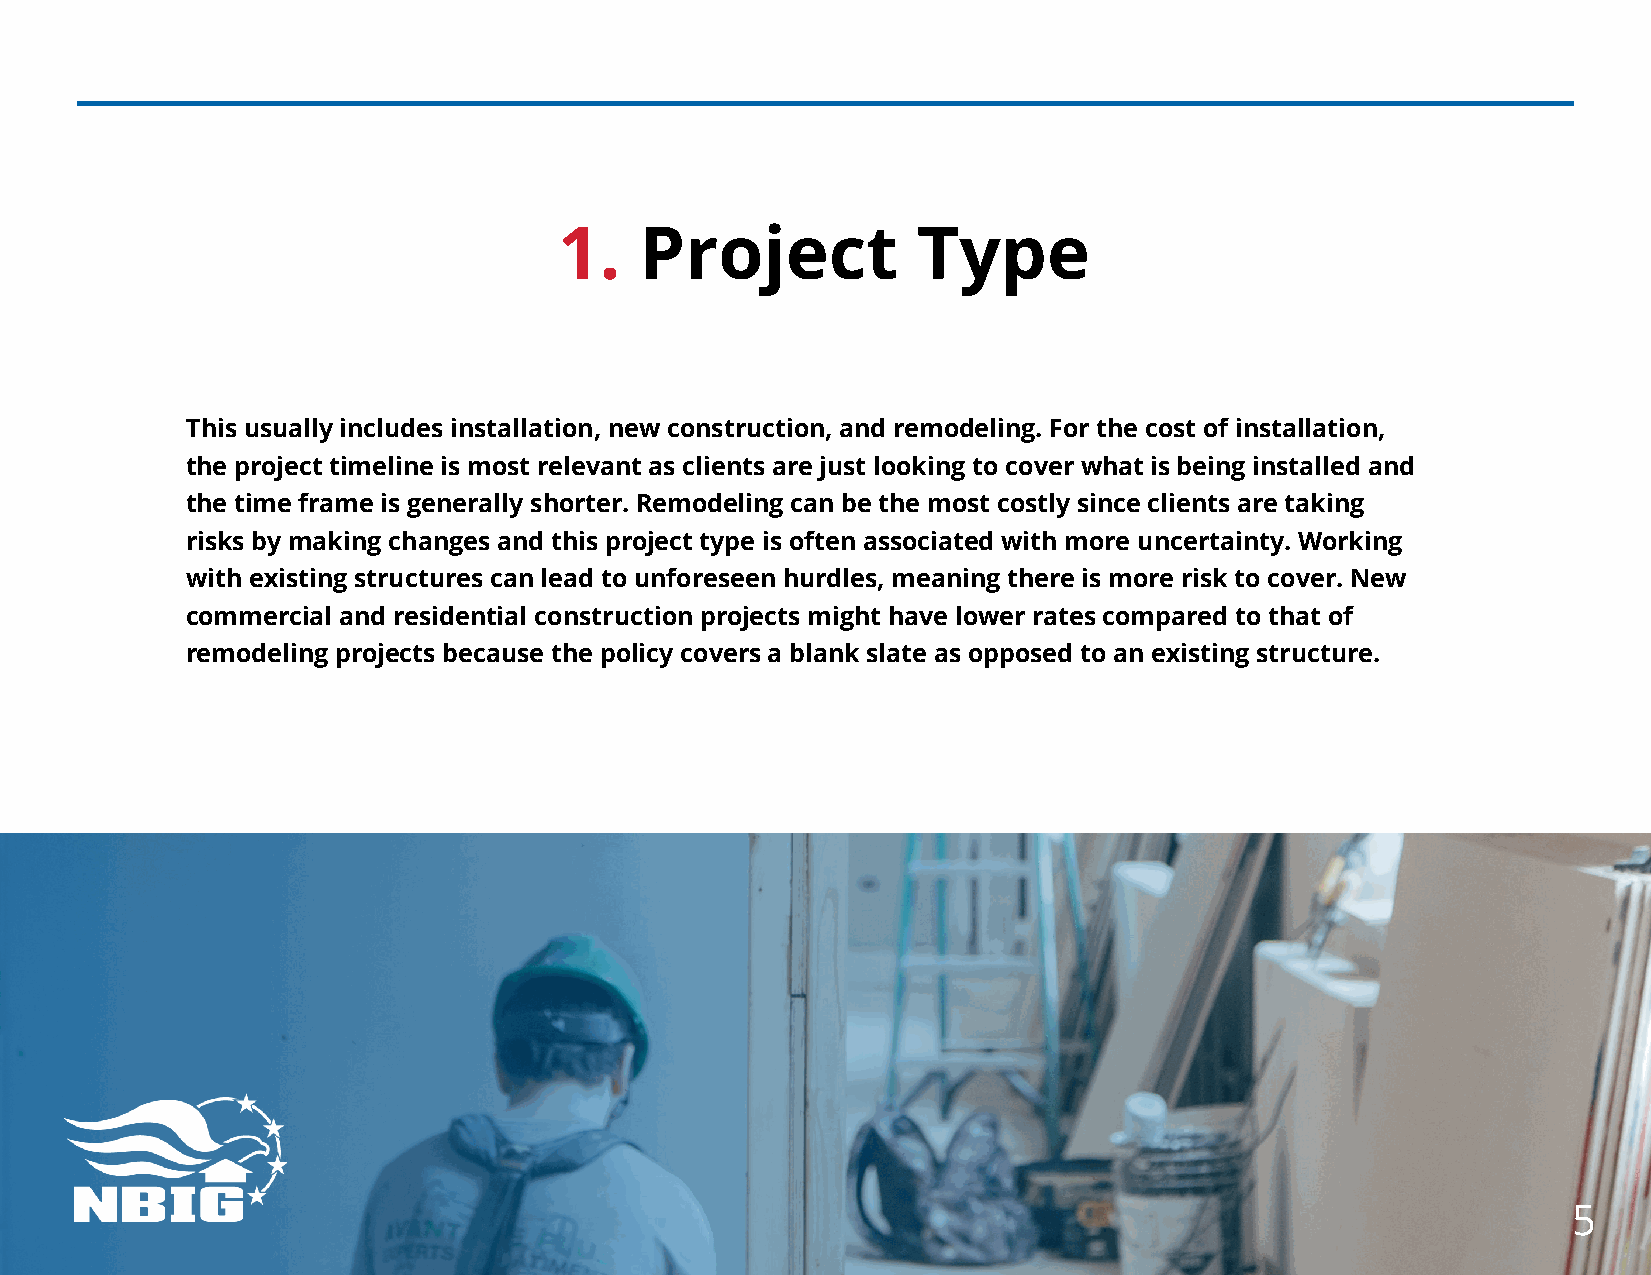
1.   Project            Type
 This usually includes installation, new construction, and remodeling. For the cost of installation,
 the project timeline is most relevant as clients are just looking to cover what is being installed and
 the time frame is generally shorter. Remodeling can be the most costly since clients are taking
 risks by making changes and this project type is often associated with more uncertainty. Working
 with existing structures can lead to unforeseen hurdles, meaning there is more risk to cover. New
 commercial and residential construction projects might have lower rates compared to that of
 remodeling projects because the policy covers a blank slate as opposed to an existing structure.
 5